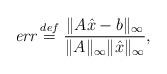
LaTeX: \begin{align*} \emph{err} \stackrel{def}{=} \frac{\| A \hat{x} - b \|_\infty}{\| A \|_\infty \| \hat{x} \|_\infty},\end{align*}